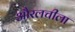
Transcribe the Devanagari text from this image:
औरलचीला